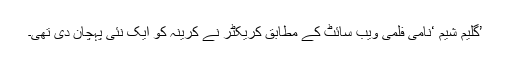
’گلیم شیم ‘نامی فلمی ویب سائٹ کے مطابق کریکٹر نے کرینہ کو ایک نئی پہچان دی تھی۔